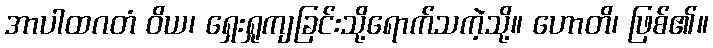
အာပါထဂတံ ဝိယ၊ ရှေးရှုကျခြင်းသို့ရောက်သကဲ့သို့။ ဟောတိ၊ ဖြစ်၏။